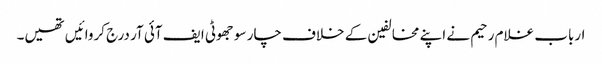
ارباب غلام رحیم نے اپنے مخالفین کے خلاف چار سو جھوٹی ایف آئی آر درج کروائیں تھیں۔